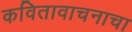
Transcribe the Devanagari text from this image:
कवितावाचनाचा